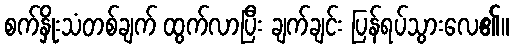
စက်နှိုးသံတစ်ချက် ထွက်လာပြီး ချက်ချင်း ပြန်ရပ်သွားလေ၏။